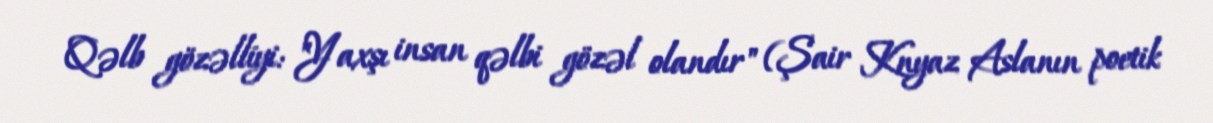
Qəlb gözəlliyi: "Yaxşı insan qəlbi gözəl olandır" (Şair Knyaz Aslanın poetik